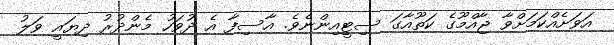
އަވަށެއްކަމަށްވާ ޖާއްމޫގެ ކަތޫއާގަ ސިޓީއިންނެވެ. އާސިފާ އެ ދުވަހު މެންދުރު ދިޔައީ ވަލު